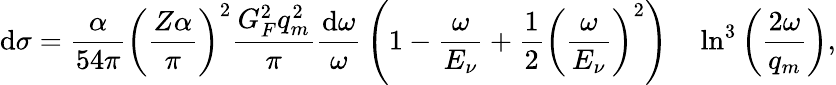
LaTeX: \mathrm{d}\sigma={\frac{{\alpha}}{{54\pi}}}{\left(\frac{{Z\alpha}}{{\pi}}\right)}^{2}{\frac{{G_{F}^{2}q_{m}^{2}}}{{\pi}}}{\frac{{\mathrm{d}\omega}}{{\omega}}}\left(1-{\frac{{\omega}}{{E_{\nu}}}}+{\frac{{1}}{{2}}}{\left(\frac{{\omega}}{{E_{\nu}}}\right)}^{2}\right)\quad\ln^{3}\left({\frac{{2\omega}}{{q_{m}}}}\right),